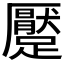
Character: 𲄊